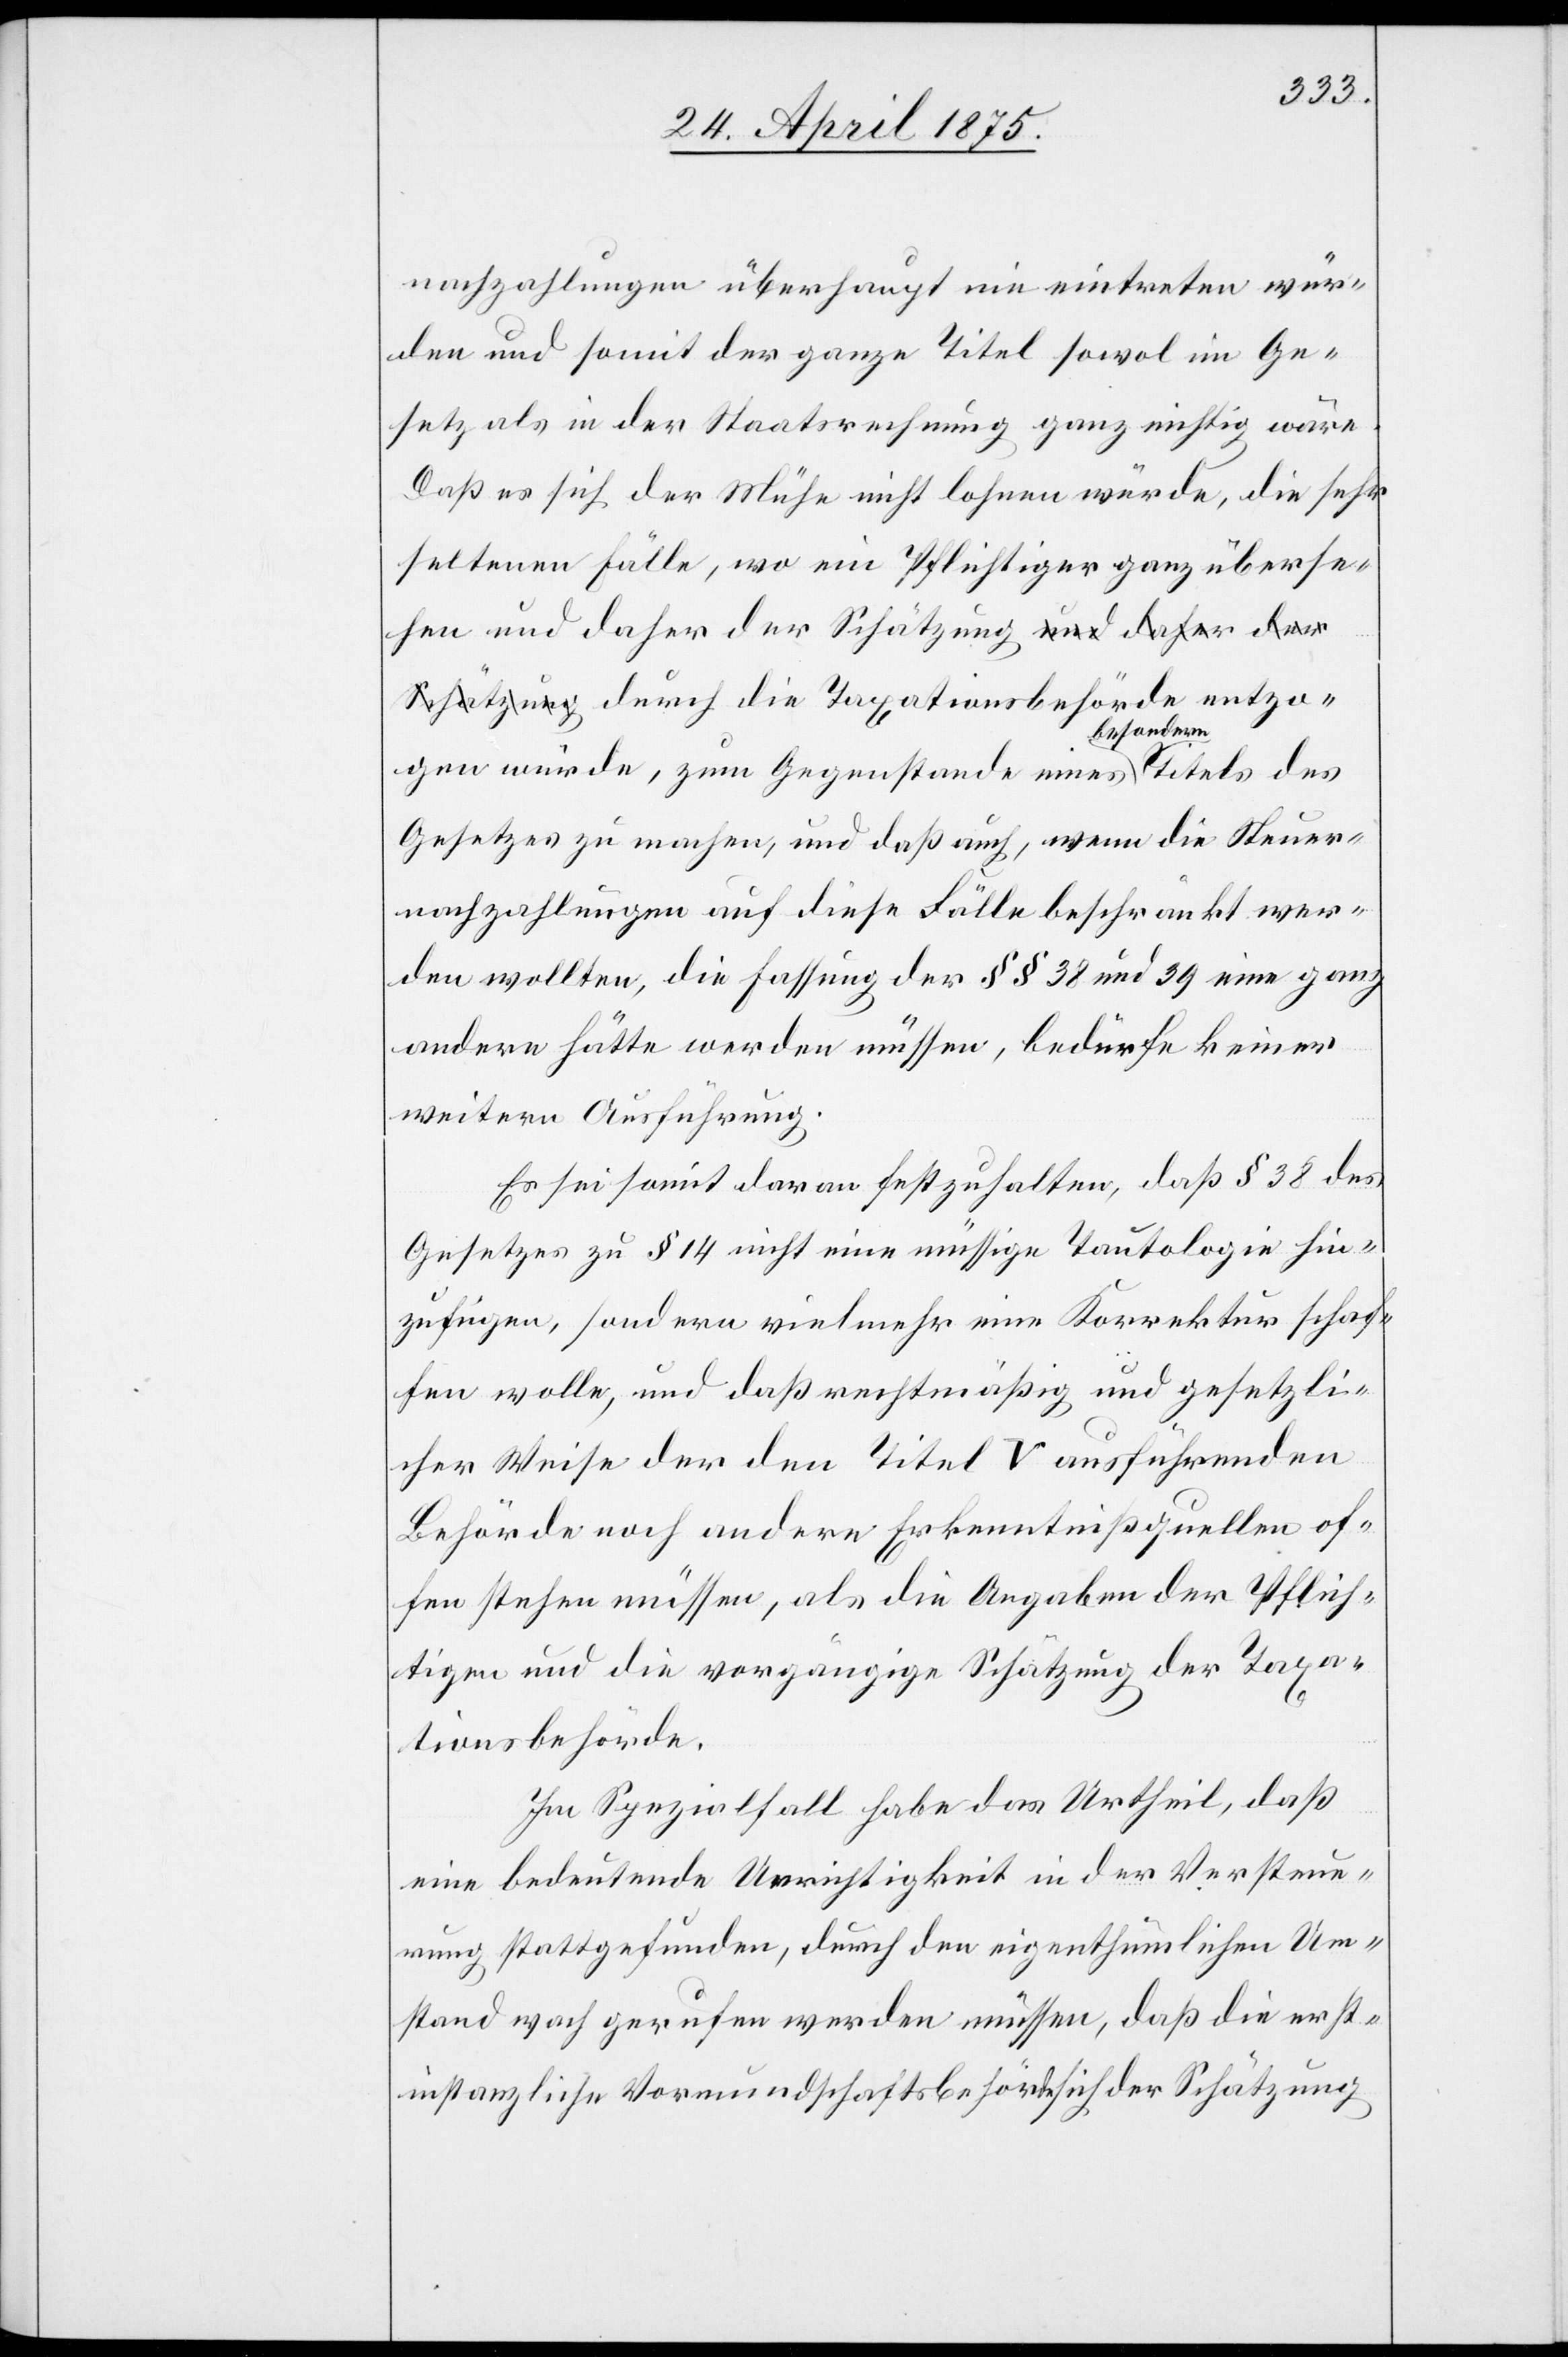
nachzahlungen überhaupt nie eintreten wür¬
den und somit der ganze Titel sowol im Ge¬
setz als in der Staatsrechnung ganz nichtig wäre.
Daß es sich der Mühe nicht lohnen würde, die sehr
seltenen Fälle, wo ein Pflichtiger ganz überse¬
hen und daher der Schätzung durch die Tax¬
entzogen würde, zum Gegenstande eines besondern Titels des
Gesetzes zu machen, und daß auch, wenn die Steuer¬
nachzahlung auf diese Fälle beschränkt wer¬
den wollten, die Fassung der §§ 38 und 39 eine ganz
andere hätte werden müssen, bedürfe keiner
weitern Ausführung.
Es sei somit daran festzuhalten, daß § 38 der
Gesetzes zu § 14 nicht eine müssige Tautologie hin¬
zufügen, sondern vielmehr eine Korrektur schaf¬
fen wolle, und daß rechtmäßig und gesetzli¬
cher Weise der den Titel V ausführenden
Behörde noch andern Erkenntnißquellen of¬
fen stehen müssen, als die Angaben der Pflich¬
tigen und die vorgängige Schätzung der Taxa¬
tionsbehörde.
Im Spezialfall habe das Urtheil, daß
eine bedeutende Unrichtigkeit in der Versteue¬
rung stattgefunden, durch den eigenthümlichen Um¬
stand wach gerufen werden müssen, daß die erst¬
instanzliche Vormundschaftsbehörde sich der Schätzung